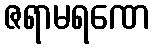
ဇရာမရဏေ